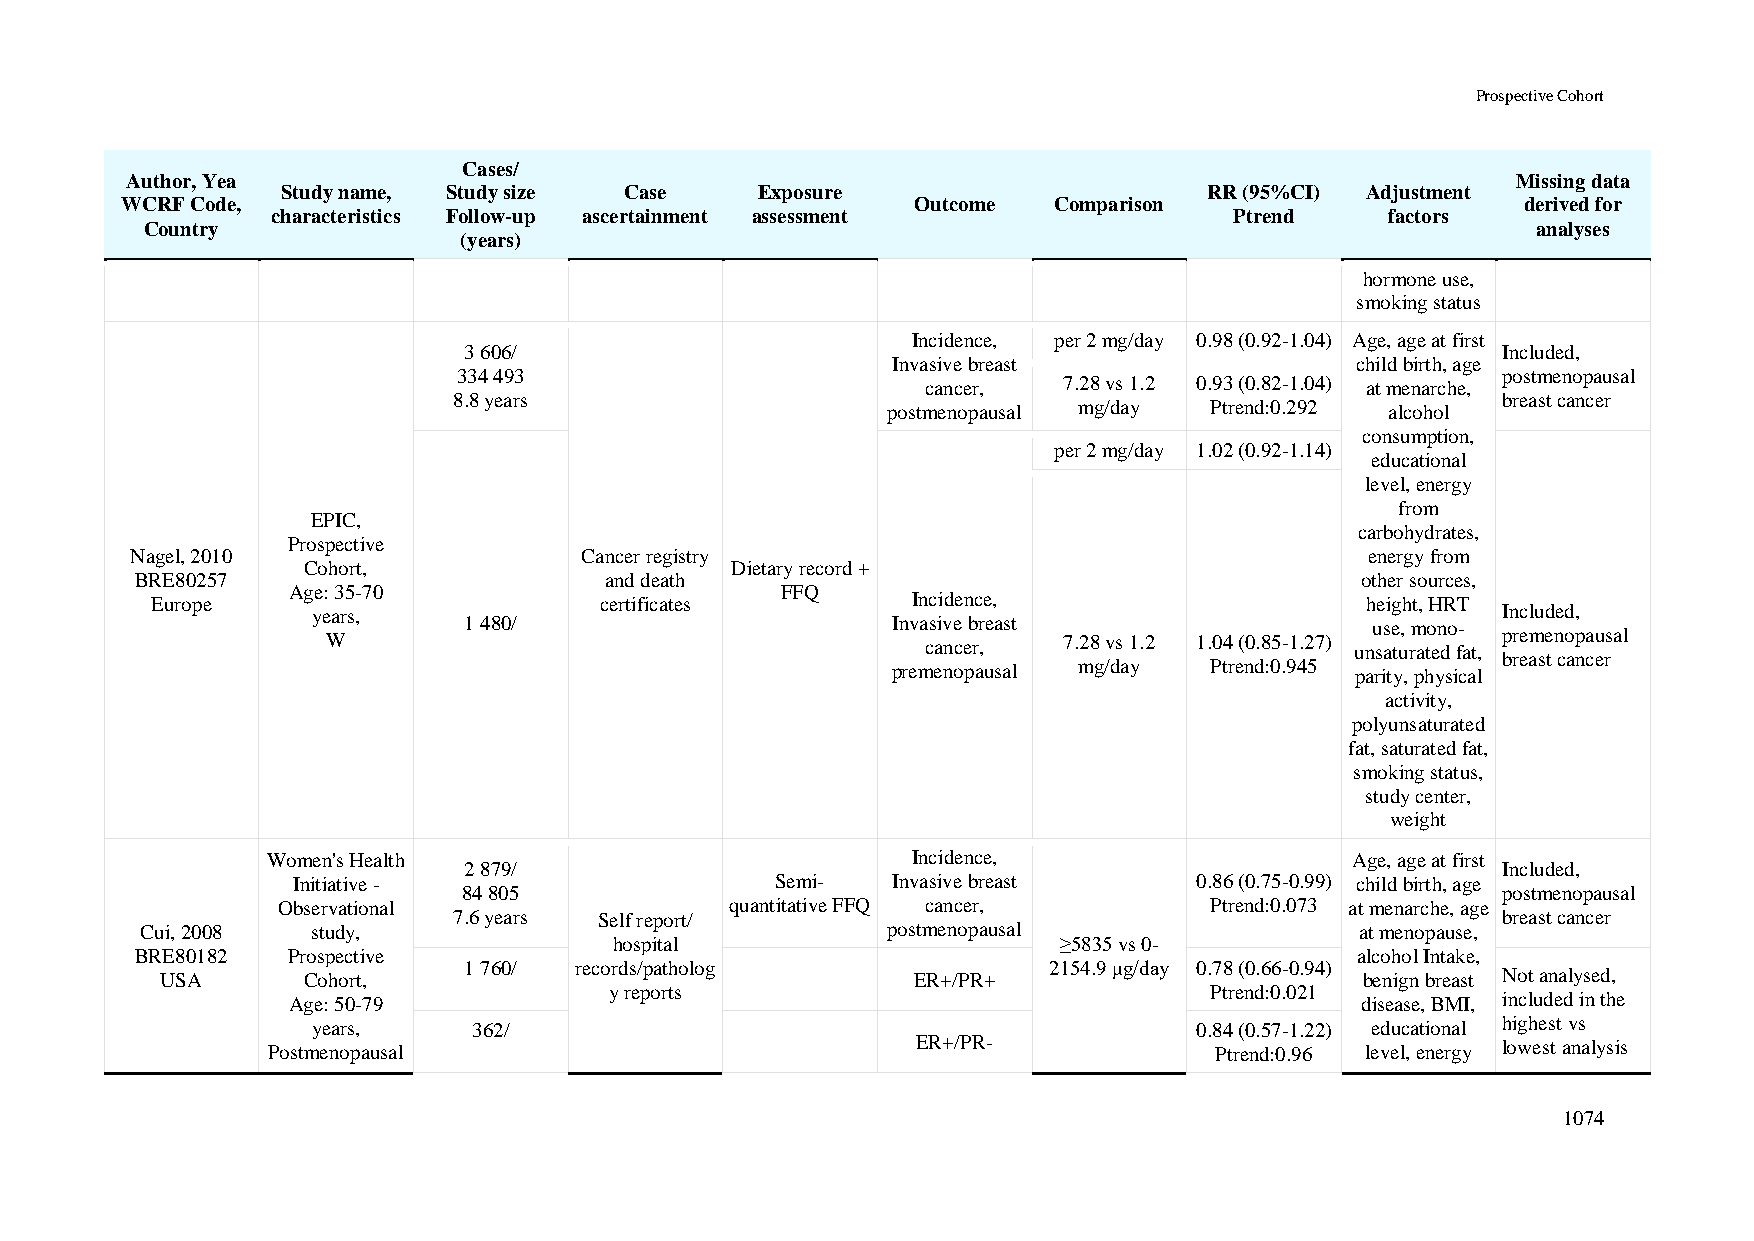
Prospective Cohort
 Cases/
 Author, Yea                                                                                 Missing data
 Study name, Study size Case    Exposure                      RR (95%CI) Adjustment
 WCRF Code,                                           Outcome  Comparison                     derived for
 characteristics Follow-up ascertainment assessment              Ptrend    factors
 Country                                                                                     analyses
 (years)
 hormone use,
 smoking status
 Incidence, per 2 mg/day 0.98 (0.92-1.04) Age, age at first
 3 606/                                                              Included,
 Invasive breast                child birth, age
 334 493                                                              postmenopausal
 cancer,  7.28 vs 1.2 0.93 (0.82-1.04) at menarche,
 8.8 years                                                            breast cancer
 postmenopausal mg/day Ptrend:0.292 alcohol
 consumption,
 per 2 mg/day 1.02 (0.92-1.14)
 educational
 level, energy
 from
 EPIC,
 carbohydrates,
 Prospective
 Nagel, 2010                  Cancer registry                                      energy from
 Cohort,                     Dietary record +
 BRE80257                       and death                                         other sources,
 Age: 35-70                       FFQ
 Europe                        certificates        Incidence,                    height, HRT
 years,                                                                        Included,
 1 480/                      Invasive breast                 use, mono-
 W                                      cancer,  7.28 vs 1.2 1.04 (0.85-1.27) unsaturated fat, premenopausal
 breast cancer
 premenopausal mg/day Ptrend:0.945 parity, physical
 activity,
 polyunsaturated
 fat, saturated fat,
 smoking status,
 study center,
 weight
 Women's Health                            Incidence,                    Age, age at first
 2 879/                                                              Included,
 Initiative -                    Semi-   Invasive breast     0.86 (0.75-0.99) child birth, age
 84 805                                                              postmenopausal
 Observational                 quantitative FFQ cancer,        Ptrend:0.073 at menarche, age
 7.6 years Self report/                                               breast cancer
 Cui, 2008   study,                                postmenopausal                 at menopause,
 hospital                     ≥5835 vs 0-
 BRE80182  Prospective                                                            alcohol Intake,
 1 760/ records/patholog               2154.9 μg/day 0.78 (0.66-0.94)
 USA      Cohort,                                  ER+/PR+                      benign breast Not analysed,
 y reports                               Ptrend:0.021
 Age: 50-79                                                             disease, BMI, included in the
 years,    362/                                            0.84 (0.57-1.22) educational highest vs
 Postmenopausal                             ER+/PR-            Ptrend:0.96 level, energy lowest analysis
 1074